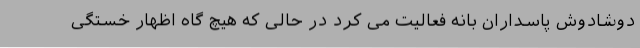
دوشادوش پاسداران بانه فعالیت می کرد در حالی که هیچ گاه اظهار خستگی